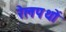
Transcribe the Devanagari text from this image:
रेलपथों